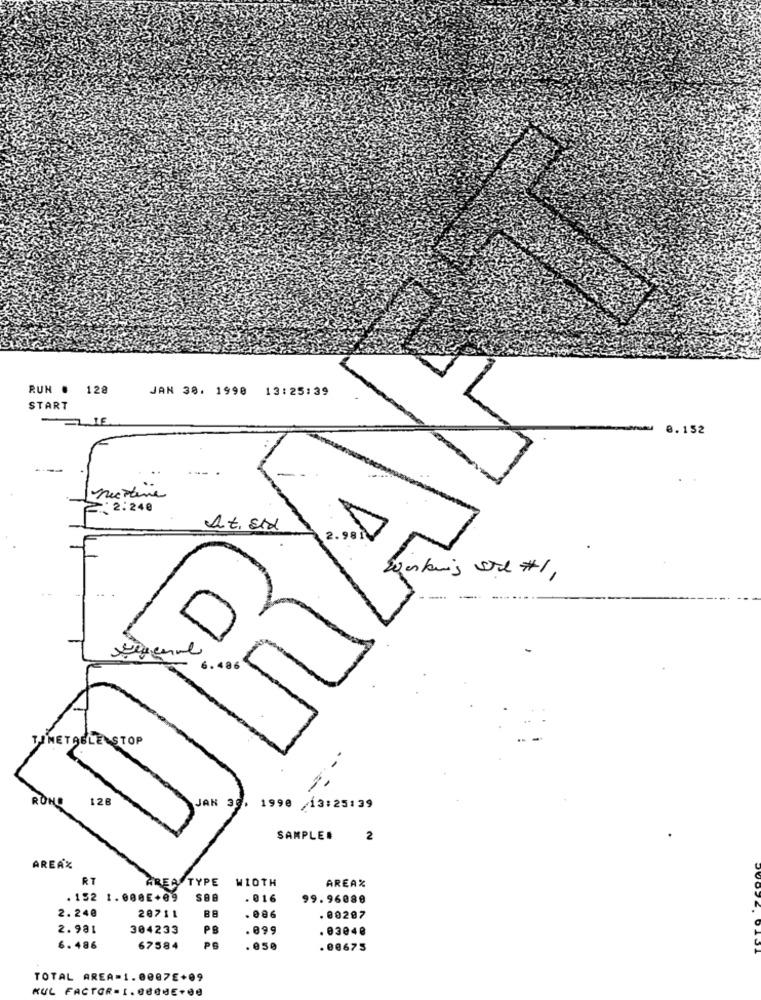
RUN # 128
JAN 30. 1990 13:25:39
START
8.152
02:240
At. Etd
2.981
Working Stil #1,
. 48
TABLE STOP
---
ROH
128
JAN 35.
1990
/13:25:39
SAMPLE#
2
AREAX
RT
REA TYPE
WIDTH
AREAX
.152 1.080E+89
. 016
99.96088
20711
BB
2.240
. 086
. 00207
2.981
304233
PB
. 099
. 03048
6.486
67584
PC
.050
. 00675
TOTAL AREA-1.0007E+09
KUL FACTOR- 1.66GHE+00